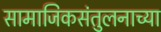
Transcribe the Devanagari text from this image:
सामाजिकसंतुलनाच्या